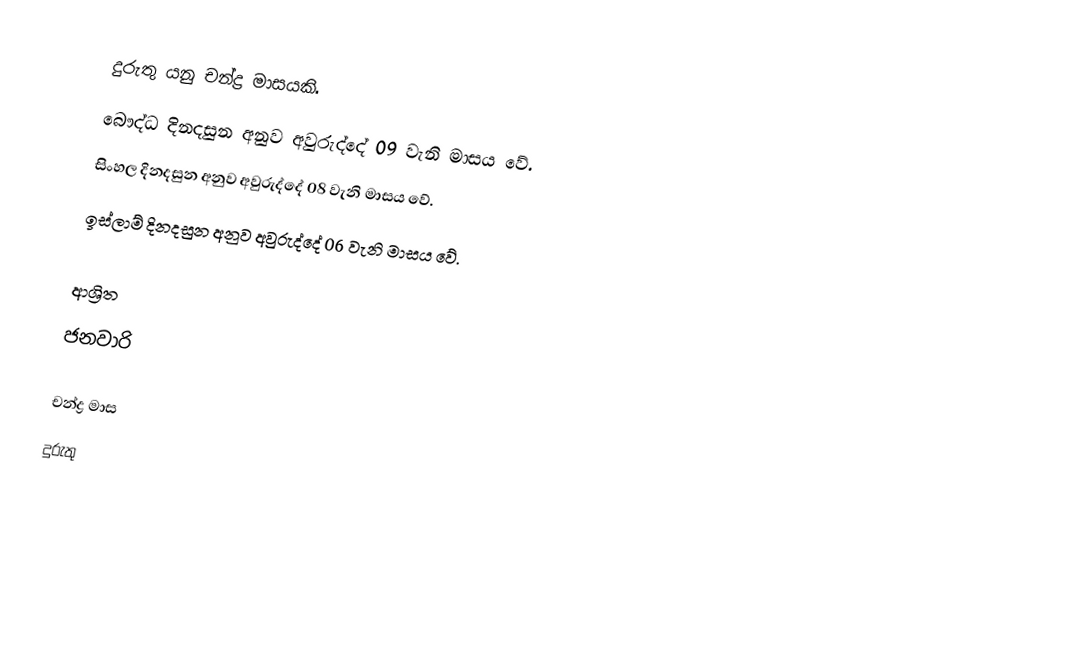
දුරුතු යනු චන්ද්‍ර මාසයකි.
 බෞද්ධ දිනදසුන අනුව අවුරුද්දේ 09 වැනි මාසය වේ.
 සිංහල දිනදසුන අනුව අවුරුද්දේ 08 වැනි මාසය වේ.
 ඉස්ලාම් දිනදසුන අනුව අවුරුද්දේ 06 වැනි මාසය වේ.

ආශ්‍රිත
 ජනවාරි

චන්ද්‍ර මාස
දුරුතු